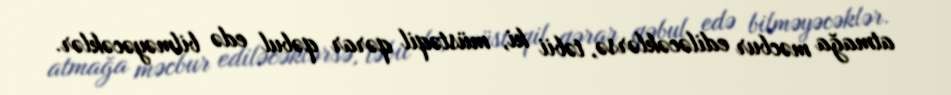
atmağa məcbur ediləcəklərsə, təbii ki, müstəqil qərar qəbul edə bilməyəcəklər.